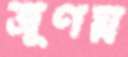
ভ্রূণঘ্ন